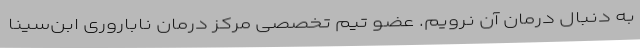
به دنبال درمان آن نرویم. عضو تیم تخصصی مرکز درمان ناباروری ابن‌سینا